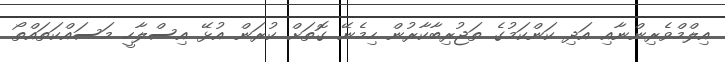
އިލްމްވެރިންނާއި އަދި ކަންކަމުގެ ތަޖުރިބާކާރުން ހިމެނޭ ގޮތަށް ކުރަން އުޅޭ އިސްލާހީ މަސައްކަތައްތޯ